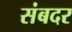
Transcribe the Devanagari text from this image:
संबदर